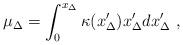
LaTeX: \begin{align*}\mu_{\Delta} = \int_0^{x_{\Delta}} \kappa(x'_{\Delta}) x'_{\Delta} d x'_{\Delta} \ ,\end{align*}